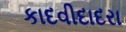
કાદવીદાદરા